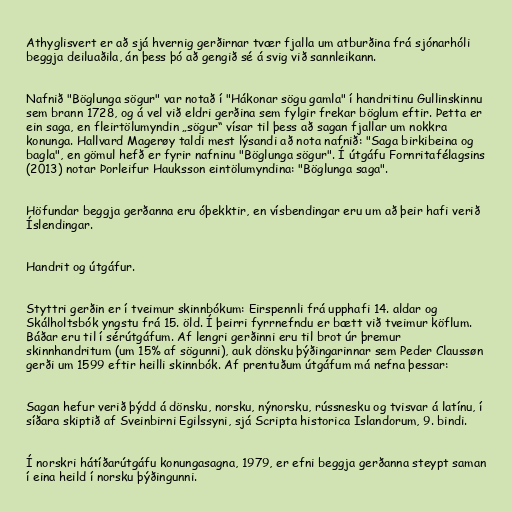
Athyglisvert er að sjá hvernig gerðirnar tvær fjalla um atburðina frá sjónarhóli
beggja deiluaðila, án þess þó að gengið sé á svig við sannleikann.

Nafnið "Böglunga sögur" var notað í "Hákonar sögu gamla" í handritinu Gullinskinnu
sem brann 1728, og á vel við eldri gerðina sem fylgir frekar böglum eftir. Þetta er
ein saga, en fleirtölumyndin „sögur“ vísar til þess að sagan fjallar um nokkra
konunga. Hallvard Magerøy taldi mest lýsandi að nota nafnið: "Saga birkibeina og
bagla", en gömul hefð er fyrir nafninu "Böglunga sögur". Í útgáfu Fornritafélagsins
(2013) notar Þorleifur Hauksson eintölumyndina: "Böglunga saga".

Höfundar beggja gerðanna eru óþekktir, en vísbendingar eru um að þeir hafi verið
Íslendingar.

Handrit og útgáfur.

Styttri gerðin er í tveimur skinnbókum: Eirspennli frá upphafi 14. aldar og
Skálholtsbók yngstu frá 15. öld. Í þeirri fyrrnefndu er bætt við tveimur köflum.
Báðar eru til í sérútgáfum. Af lengri gerðinni eru til brot úr þremur
skinnhandritum (um 15% af sögunni), auk dönsku þýðingarinnar sem Peder Claussøn
gerði um 1599 eftir heilli skinnbók. Af prentuðum útgáfum má nefna þessar:

Sagan hefur verið þýdd á dönsku, norsku, nýnorsku, rússnesku og tvisvar á latínu, í
síðara skiptið af Sveinbirni Egilssyni, sjá Scripta historica Islandorum, 9. bindi.

Í norskri hátíðarútgáfu konungasagna, 1979, er efni beggja gerðanna steypt saman
í eina heild í norsku þýðingunni.